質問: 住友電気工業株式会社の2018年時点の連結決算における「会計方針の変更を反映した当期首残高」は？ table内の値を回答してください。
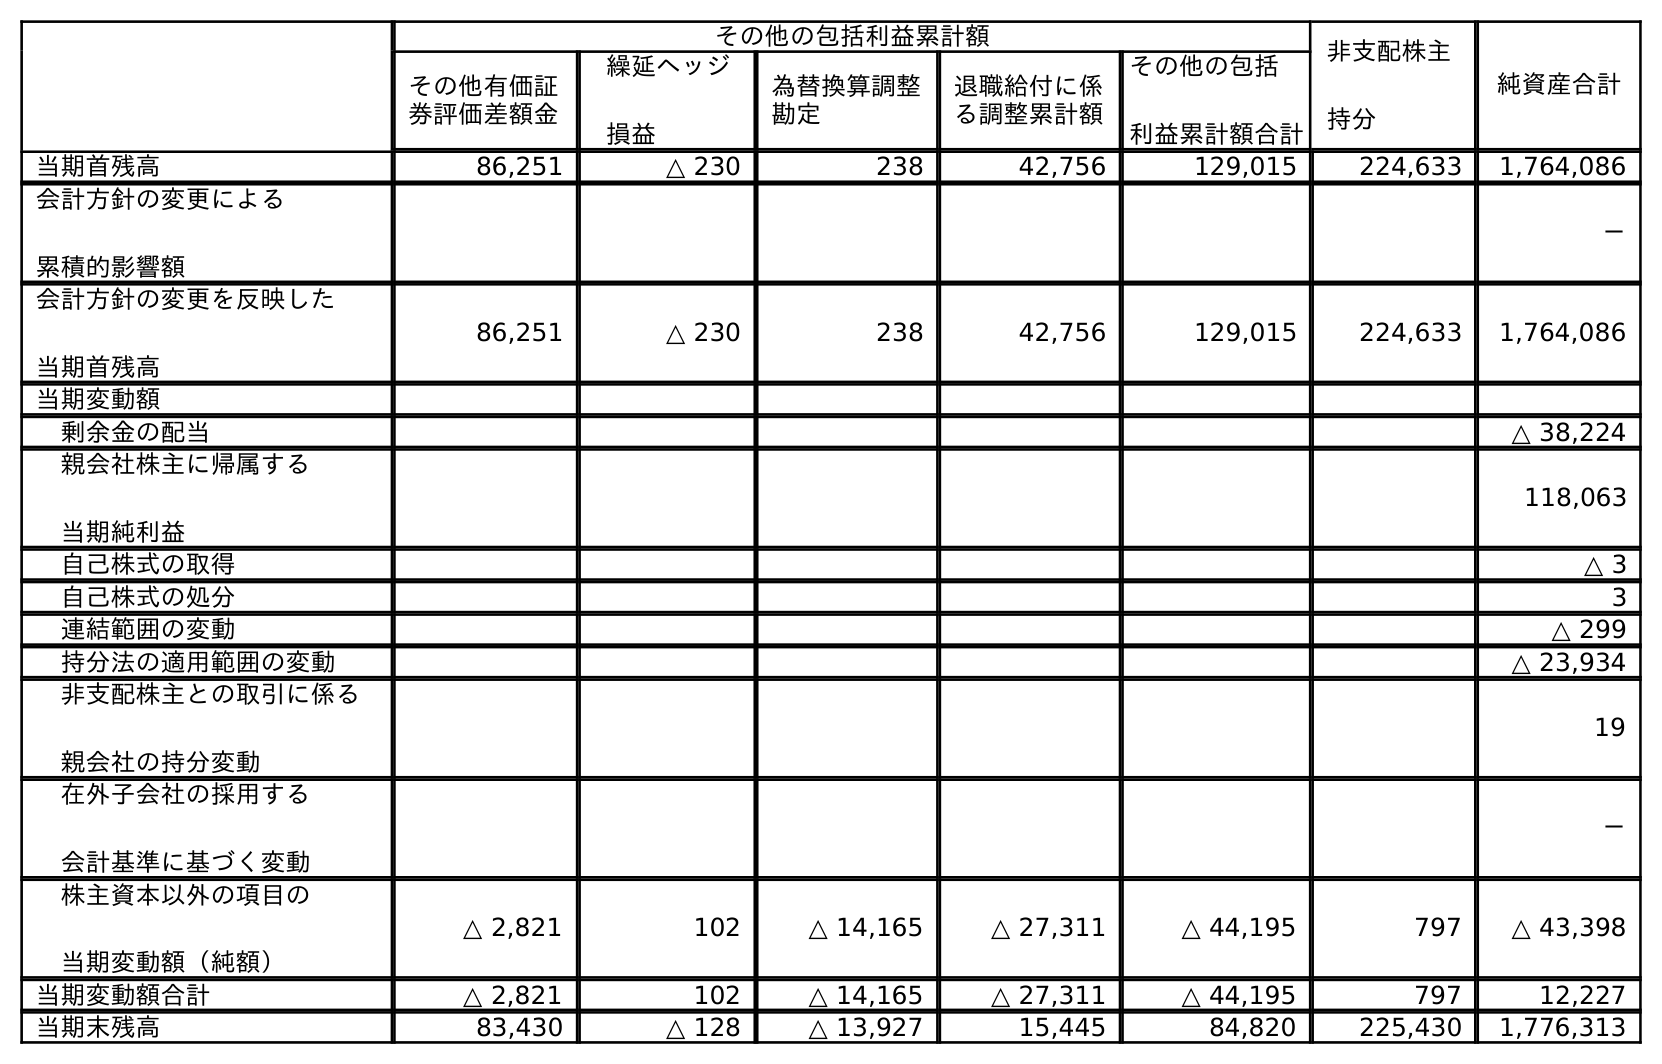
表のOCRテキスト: その他の包括利益累計額 非支配株主 持分 純資産合計 その他有価証 券評価差額金 繰延ヘッジ 損益 為替換算調整 勘定 退職給付に係 る調整累計額 その他の包括 利益累計額合計 当期首残高 86,251 △ 230 238 42,756 129,015 224,633 1,764,086 会計方針の変更による 累積的影響額 － 会計方針の変更を反映した 当期首残高 86,251 △ 230 238 42,756 129,015 224,633 1,764,086 当期変動額 剰余金の配当 △ 38,224 親会社株主に帰属する 当期純利益 118,063 自己株式の取得 △ 3 自己株式の処分 3 連結範囲の変動 △ 299 持分法の適用範囲の変動 △ 23,934 非支配株主との取引に係る 親会社の持分変動 19 在外子会社の採用する 会計基準に基づく変動 － 株主資本以外の項目の 当期変動額（純額） △ 2,821 102 △ 14,165 △ 27,311 △ 44,195 797 △ 43,398 当期変動額合計 △ 2,821 102 △ 14,165 △ 27,311 △ 44,195 797 12,227 当期末残高 83,430 △ 128 △ 13,927 15,445 84,820 225,430 1,776,313
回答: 1,764,086